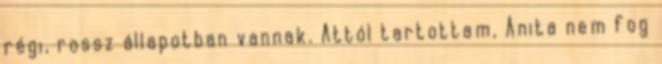
régi, rossz állapotban vannak. Attól tartottam, Anita nem fog